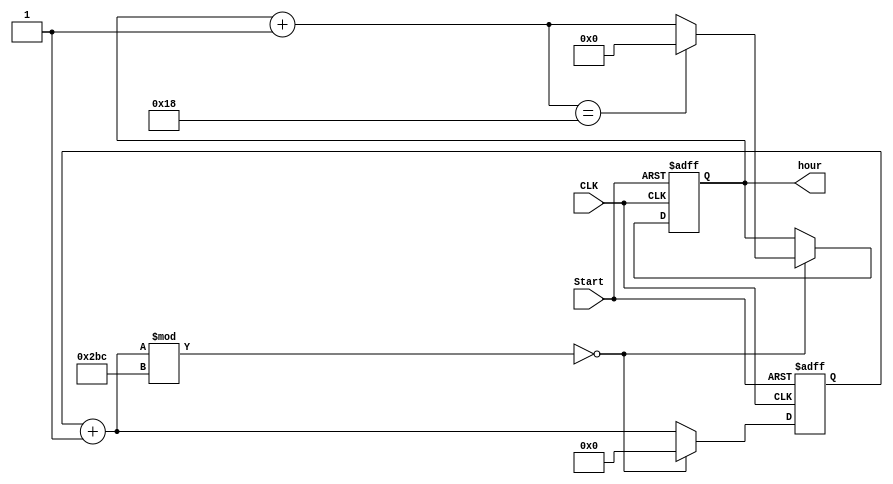
module TimeHandler #(parameter n = 700) (input CLK, Start, output reg [4:0]hour);
    reg [31:0] counter = 0;
    always @(posedge Start or posedge CLK) begin
        if (Start) begin
            hour = 32'd0;
            counter = 0;
        end else begin
            counter = counter + 1;
            if (counter % n == 0) begin
                counter = 0;
                hour = hour + 1;
                if (hour == 32'd24) begin
                    hour = 32'd0;
                end
            end
        end
    end
endmodule